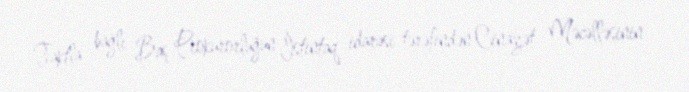
Faktla bağlı Baş Prokurorluğun İstintaq idarəsi tərəfindən Cinayət Məcəlləsinin